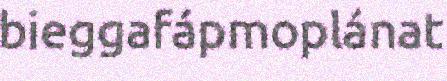
bieggafápmoplánat